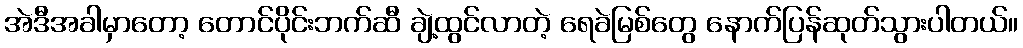
အဲဒီအခါမှာတော့ တောင်ပိုင်းဘက်ဆီ ချဲ့ထွင်လာတဲ့ ရေခဲမြစ်တွေ နောက်ပြန်ဆုတ်သွားပါတယ်။